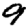
Digit: 9